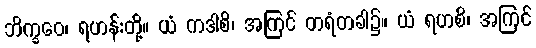
ဘိက္ခဝေ၊ ရဟန်းတို့။ ယံ ကဒါစိ၊ အကြင် တရံတခါ၌။ ယံ ရဟစိ၊ အကြင်